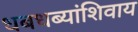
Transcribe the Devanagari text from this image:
धबधब्यांशिवाय